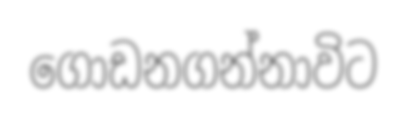
ගොඩනගන්නාවිට